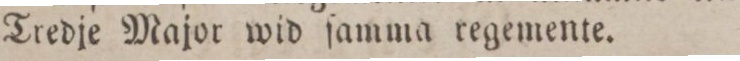
Tredje Major wid ſamma regemente.